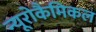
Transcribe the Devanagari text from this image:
न्यूरोकैमिकल